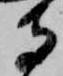
寺